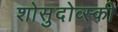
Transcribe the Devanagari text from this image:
शोसुदोव्स्की